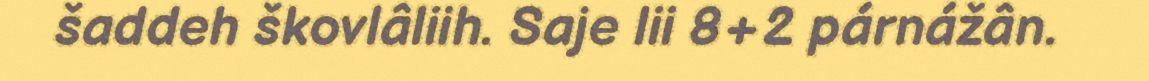
šaddeh škovlâliih. Saje lii 8+2 párnážân.